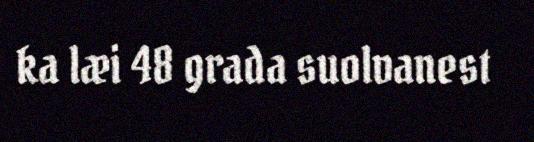
ka læi 48 grada suolvanest